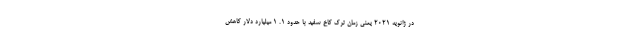
در ژانویه 2021 یعنی زمان ترک کاخ سفید با حدود 1. 1 میلیارد دلار کاهش